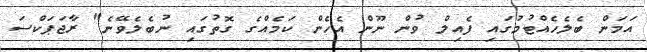
އަމަން ބެލެހެއްޓުމުގައި ފެއިލް ވުން ނޫން އެހެން ކަމެއްގެ ގޮތުގައި ނުބެލެވޭނެ" ރާޖަޕަކްސަ